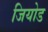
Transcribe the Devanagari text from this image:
जियोड